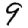
Digit: 9